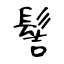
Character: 髻